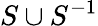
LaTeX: S\cup S^{-1}